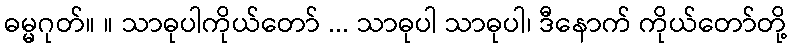
ဓမ္မဂုတ်။ ။ သာဓုပါကိုယ်တော် ... သာဓုပါ သာဓုပါ၊ ဒီနောက် ကိုယ်တော်တို့